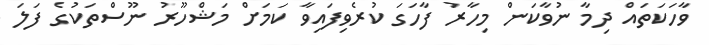
ވާހަކަތައް ދިމާ ނުވާކަން މިހާރު ފާހަގަ ކުރެވިފައިވާ ކަމަށް މަޝްހޫރު ނޫސްތަކުގެ ފަލަ